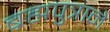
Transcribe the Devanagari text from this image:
ब्रह्मपुत्राने